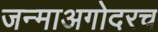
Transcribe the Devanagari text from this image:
जन्माअगोदरच